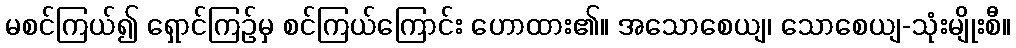
မစင်ကြယ်၍ ရှောင်ကြဉ်မှ စင်ကြယ်ကြောင်း ဟောထား၏။ အသောစေယျ၊ သောစေယျ-သုံးမျိုးစီ။